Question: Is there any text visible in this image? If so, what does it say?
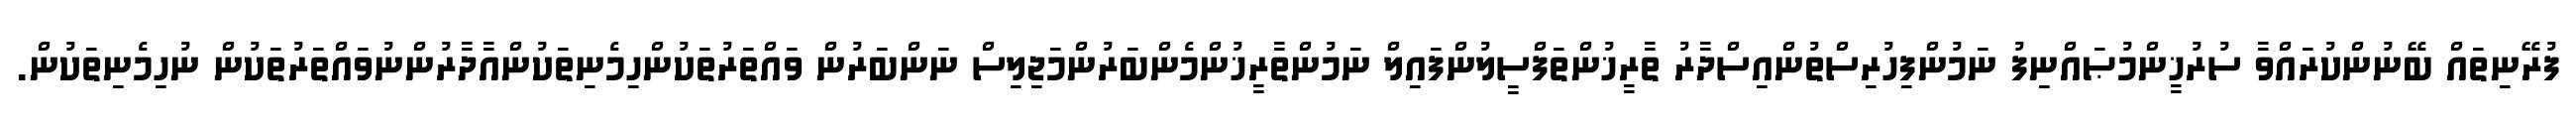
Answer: ފުރޭނިތައް ބޭނުންކުރައްވާ ސުރުޚީންމުޞައްނިފު ނަމުންފިހުރިސްތުންއިސްދާރު ތާރީޚުންތަފްސީލުންފައިލް ނަމުންތާރީޚުންމެންބަރުންމަޖިލިސް ނަންބަރުން ވައްތަރުތަކުންހިމެނިތަކުންއާދާރުންނުވައްތަރުތަކުން ނުހިމެނިތަކުން.